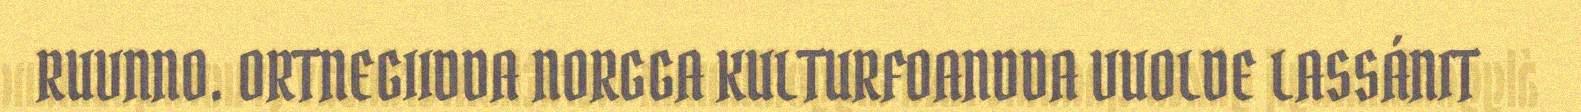
RUVNNO. ORTNEGIIDDA NORGGA KULTURFOANDDA VUOLDE LASSÁNIT